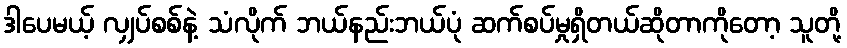
ဒါပေမယ့် လျှပ်စစ်နဲ့ သံလိုက် ဘယ်နည်းဘယ်ပုံ ဆက်စပ်မှုရှိတယ်ဆိုတာကိုတော့ သူတို့